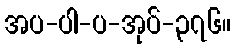
အပ-ပါ-ပ-အုပ်-၃၇၆။